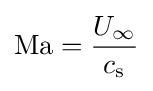
\mathrm {Ma} ={\frac {U_{\infty }}{c_{\text{s}}}}